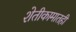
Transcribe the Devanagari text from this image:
शेतीकामातही